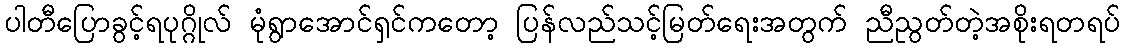
ပါတီပြောခွင့်ရပုဂ္ဂိုလ် မုံရွာအောင်ရှင်ကတော့ ပြန်လည်သင့်မြတ်ရေးအတွက် ညီညွတ်တဲ့အစိုးရတရပ်